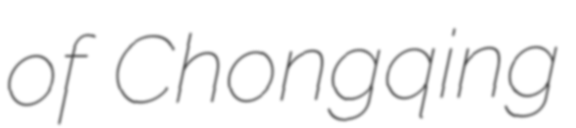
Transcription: of Chongqing